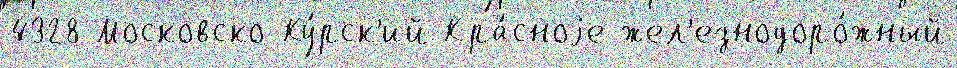
4328 Московско-Ку́рск'ий Кра́сноjе жел'езнодоро́жный